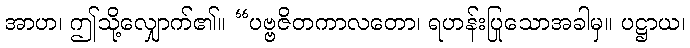
အာဟ၊ ဤသို့လျှောက်၏။ “ပဗ္ဗဇိတကာလတော၊ ရဟန်းပြုသောအခါမှ။ ပဋ္ဌာယ၊